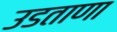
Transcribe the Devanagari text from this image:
उडताणा